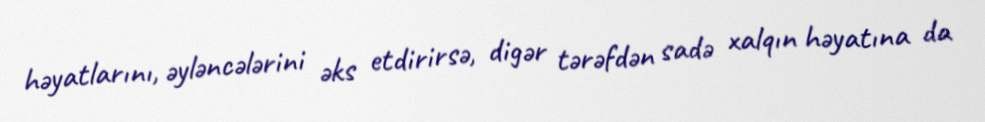
həyatlarını, əyləncələrini əks etdirirsə, digər tərəfdən sadə xalqın həyatına da